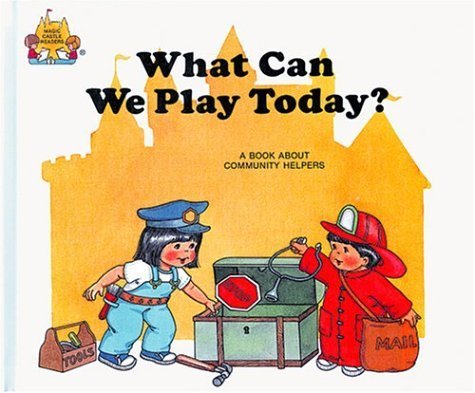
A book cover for What Can We Play Today? (Magic Castle Readers (Paperback)); Golden Gate Junior Books; Business & Money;